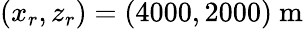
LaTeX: (x_{r},z_{r})=(4000,2000)~\mathrm{m}